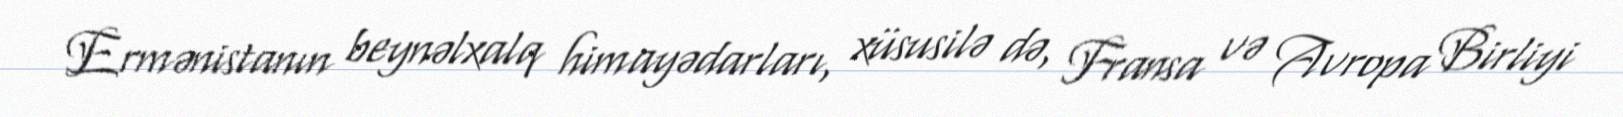
Ermənistanın beynəlxalq himayədarları, xüsusilə də, Fransa və Avropa Birliyi